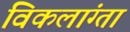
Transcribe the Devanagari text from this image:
विकलांग्‍ता